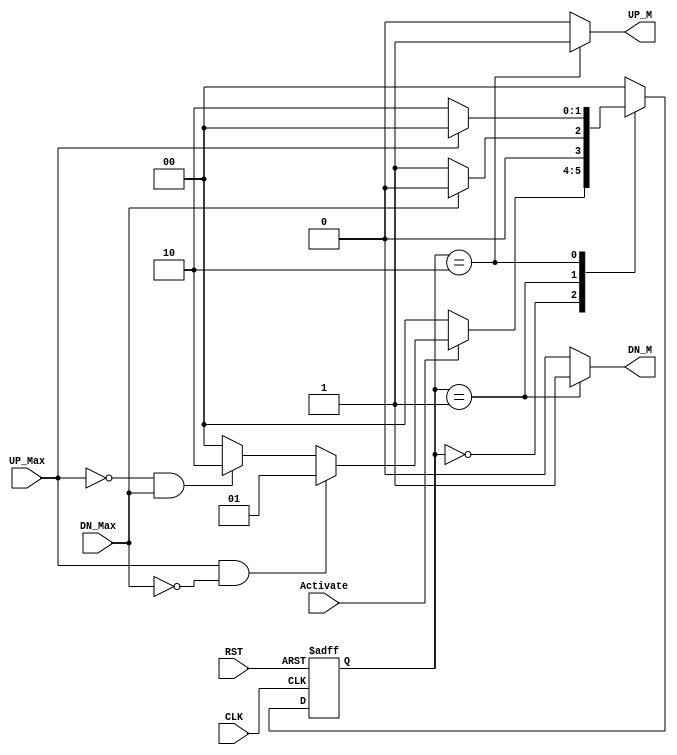
module Garage_Door_Controller
(
	input wire CLK,
	input wire RST,
	input wire UP_Max,
	input wire DN_Max,
	input wire Activate,
	output reg UP_M,
	output reg DN_M
);
	
	localparam IDLE = 2'b00,
			   Mv_Dn = 2'b01,
			   Mv_Up = 2'b10;

	reg [1:0] cu_s, nx_s;

	// current state f_F
	always @(posedge CLK or negedge RST) begin
		if (~RST) 
			cu_s <= IDLE;
		else 
			cu_s <= nx_s;		
	end

	// next state and output logic
	always @(*) begin
		// default values
		nx_s = IDLE; 
		UP_M = 1'b0;
		DN_M = 1'b0;
		case (cu_s)
			IDLE :
			begin
				UP_M = 1'b0;
				DN_M = 1'b0;
				if (~Activate)
					nx_s = IDLE;
				else if (UP_Max && ~DN_Max)
					nx_s = Mv_Dn;
				else if (~UP_Max && DN_Max)
					nx_s = Mv_Up; 
			end
			Mv_Dn :
			begin
				UP_M = 1'b0;
				DN_M = 1'b1;
				if (DN_Max)
					nx_s = IDLE;
				else
					nx_s = Mv_Dn; 
			end
			Mv_Up :
			begin
				UP_M = 1'b1;
				DN_M = 1'b0;
				if (UP_Max)
					nx_s = IDLE;
				else
					nx_s = Mv_Up; 
			end
			default :
			begin
				nx_s = IDLE; 
				UP_M = 1'b0;
				DN_M = 1'b0;
			end

		endcase
	end

endmodule